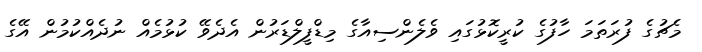
މެޗުގެ ފުރަތަމަ ހާފުގެ ކުރީކޮޅުގައި ވެލެންސިއާގެ މިޑްފީލްޑަރުން އެދެވޭ ކުޅުމެއް ނުދެއްކުމުން އޭގެ